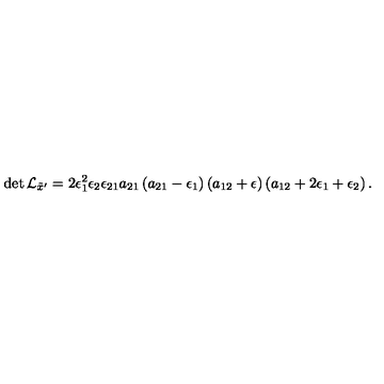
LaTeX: \det { \cal L } _ { { \tilde { x } } ^ { \prime } } = 2 \epsilon _ { 1 } ^ { 2 } \epsilon _ { 2 } \epsilon _ { 2 1 } a _ { 2 1 } \left( a _ { 2 1 } - \epsilon _ { 1 } \right) \left( a _ { 1 2 } + \epsilon \right) \left( a _ { 1 2 } + 2 \epsilon _ { 1 } + \epsilon _ { 2 } \right) .